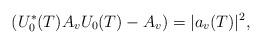
LaTeX: \begin{align*}\left(U_{0}^{\ast}(T)A_{v}U_{0}(T)-A_{v}\right)=\vert a_{v}(T)\vert^{2},\end{align*}